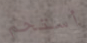
أستحم